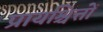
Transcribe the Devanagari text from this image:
प्रायश्चित्तों